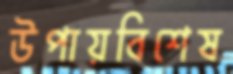
উপায়বিশেষ